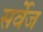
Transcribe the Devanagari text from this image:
सर्वेज